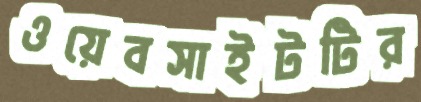
ওয়েবসাইটটির